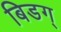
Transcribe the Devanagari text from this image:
बिडग्